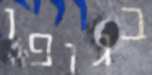
בגופו